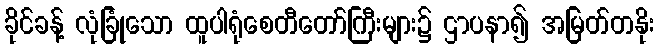
ခိုင်ခန့် လုံခြုံသော ထူပါရုံစေတီတော်ကြီးများ၌ ဌာပနာ၍ အမြတ်တနိုး